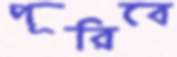
পূরিবে